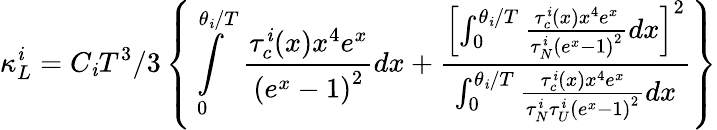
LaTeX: \kappa_{L}^{\mathit{i}}=C_{\mathit{i}}T^{3}/3\left\{ \intop_{0}^{\theta_{\mathit{i}}/T}\frac{{\tau_{c}^{\mathit{i}}(x)x^{4}e^{x}}}{{\left(e^{x}-1\right)^{2}}}dx+\frac{{\left[\intop_{0}^{\theta_{\mathit{i}}/T}\frac{{\tau_{c}^{\mathit{i}}(x)x^{4}e^{x}}}{{\tau_{N}^{\mathit{i}}\left(e^{x}-1\right)^{2}}}dx\right]^{2}}}{{\intop_{0}^{\theta_{\mathit{i}}/T}\frac{{\tau_{c}^{\mathit{i}}(x)x^{4}e^{x}}}{{\tau_{N}^{\mathit{i}}\tau_{U}^{\mathit{i}}\left(e^{x}-1\right)^{2}}}dx}}\right\}